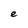
Character: e